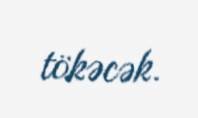
tökəcək.